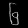
Digit: ၆